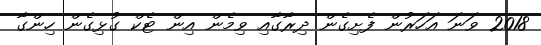
2018 ވަނަ އަހަރުން ފެށިގެން ދިރާގާއި ވިމެން އިން ޓެކް ގުޅިގެން ހިންގާ